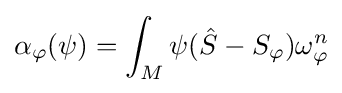
\alpha _{\varphi }(\psi )=\int _{M}\psi ({\hat {S}}-S_{\varphi })\omega _{\varphi }^{n}